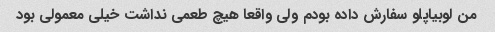
من لوبیاپلو سفارش داده بودم ولی واقعا هیچ طعمی نداشت خیلی معمولی بود